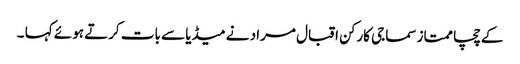
کے چچا ممتاز سماجی کارکن اقبال مراد نے میڈیا سے بات کرتے ہوئے کہا ۔